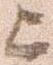
上